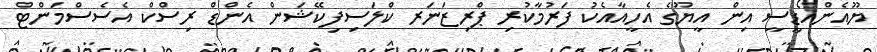
ޔޫއެންއޯޑީސީ އިން އީޔޫގެ އެހީއާއެކު ފަރުމާކުރި ޕްރިޒަނަރ ކްލަސިފިކޭޝަން އެންޑް ރިސްކް އެސެސްމަންޓް